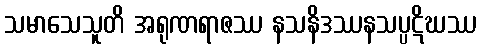
သမာသေသူတိ အရုဏရာဇဿ နသနိဒဿနသပ္ပဋိဃဿ